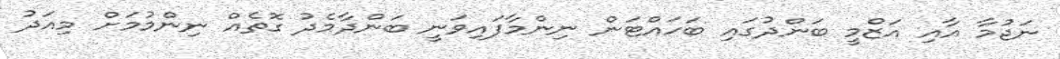
ނަޖުމާ އާއި އަޒްމީ ބަންދުގައި ބަހައްޓަން ނިންމާފައިވަނީ ބަންދާމެދު ގޮތެއް ނިންމުމަށް މިއަދު